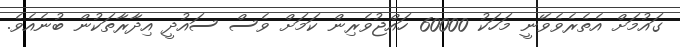
ގައުމަށް އެތެރެވެވޭނީ މަހަކު 60000 ހައްޖުވެރިން ކަމަށް ވެސް ސައުދީ އިދާރާތަކުން ބުނެއެވެ.